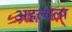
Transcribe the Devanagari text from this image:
अहल्येला